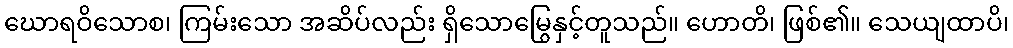
ဃောရဝိသောစ၊ ကြမ်းသော အဆိပ်လည်း ရှိသောမြွေနှင့်တူသည်။ ဟောတိ၊ ဖြစ်၏။ သေယျထာပိ၊